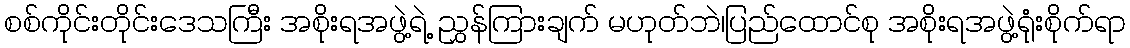
စစ်ကိုင်းတိုင်းဒေသကြီး အစိုးရအဖွဲ့ရဲ့ ညွှန်ကြားချက် မဟုတ်ဘဲ၊ပြည်ထောင်စု အစိုးရအဖွဲ့ရုံးစိုက်ရာ